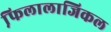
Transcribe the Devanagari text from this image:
फि़लालाजिकल